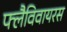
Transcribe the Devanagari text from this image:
फ्लैविवायरस